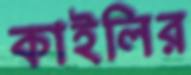
কাইলির